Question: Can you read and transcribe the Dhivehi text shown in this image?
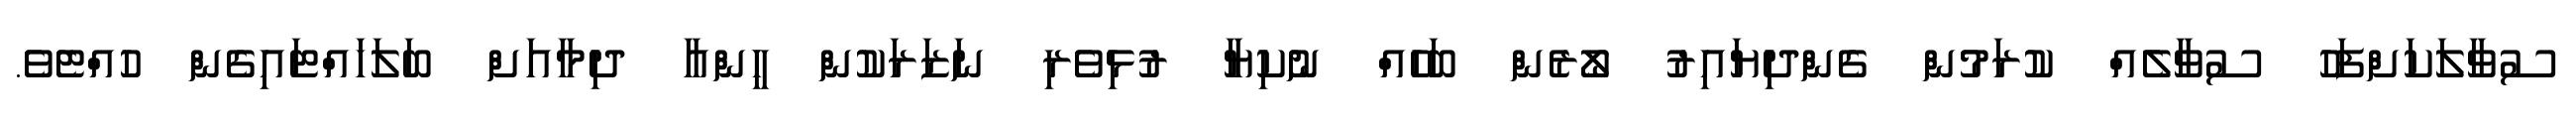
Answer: ސުވާލަކަށްފަހު ސުވާލެއް ކުރަމުން ގެންދިޔައިރު ލޯރެން ބަހެއް ނުކިޔާ ރުޅިވެރި ނަޒަރަކުން ހީންއާ ދިމާއަށް ބަލަހައްޓައިގެން ހުއްޓެވެ.